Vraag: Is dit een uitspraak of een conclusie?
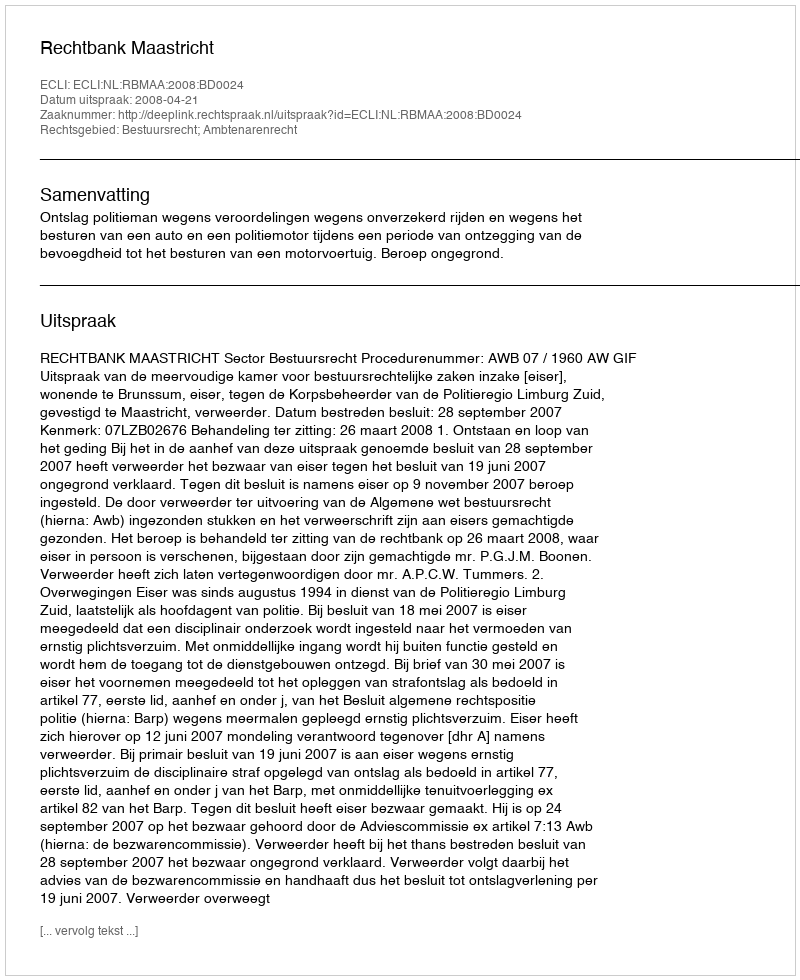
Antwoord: Uitspraak